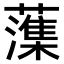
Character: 𫊋